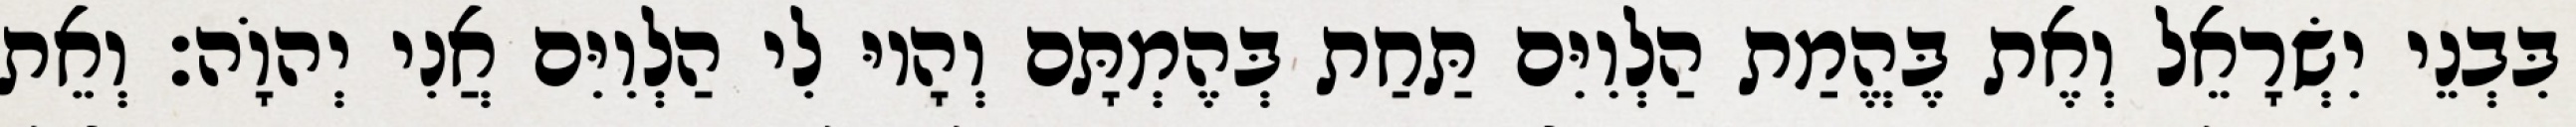
בִּבְנֵי יִשְׂרָאֵל וְאֶת בֶּהֱמַת הַלְוִיִּם תַּחַת בְּהֶמְתָּם וְהָיוּ לִי הַלְוִיִּם אֲנִי יְהוָֹה׃ וְאֵת